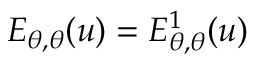
E _ { \theta , \theta } ( u ) = E _ { \theta , \theta } ^ { 1 } ( u )